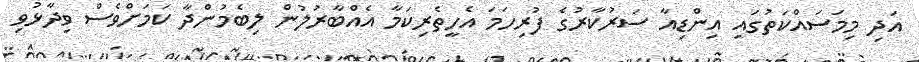
އަދި މިމަަސައްކަތުގައި އިންޑިއާ ސަރުކާރުގެ ފުރިހަަމަ އެހީތެރިކަމާ އެއްބާރުލުން ލިބެމުންދާ ކަަމަށްވެސް ވިދާޅުވި